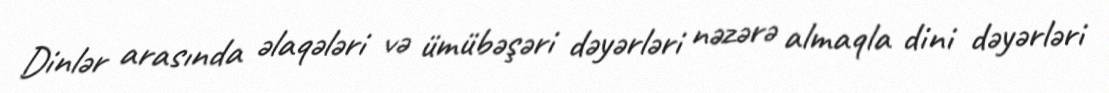
Dinlər arasında əlaqələri və ümübəşəri dəyərləri nəzərə almaqla dini dəyərləri